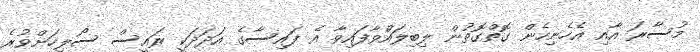
މުސާރަ އާއި އެހެނިހެން ގޮތްގޮތުން ލިބިލައްވާފައިވާ އެ ފައިސާގެ އަދަދަކީ ރައީސް ސޯލިހަށްވުރެ